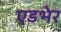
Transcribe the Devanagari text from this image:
एडभेर